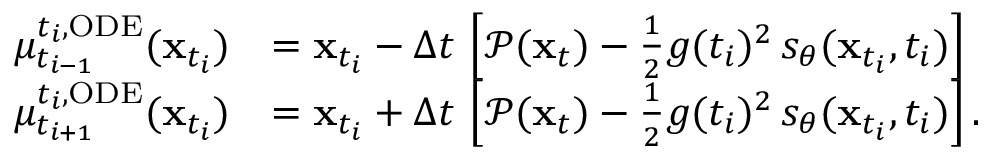
\begin{array} { r l } { \mu _ { t _ { i - 1 } } ^ { t _ { i } , \mathrm { O D E } } ( \mathbf { x } _ { t _ { i } } ) } & { = \mathbf { x } _ { t _ { i } } - \Delta t \, \left[ \mathcal { P } ( \mathbf { x } _ { t } ) - \frac { 1 } { 2 } g ( t _ { i } ) ^ { 2 } \, s _ { \theta } ( \mathbf { x } _ { t _ { i } } , t _ { i } ) \right] } \\ { \mu _ { t _ { i + 1 } } ^ { t _ { i } , \mathrm { O D E } } ( \mathbf { x } _ { t _ { i } } ) } & { = \mathbf { x } _ { t _ { i } } + \Delta t \, \left[ \mathcal { P } ( \mathbf { x } _ { t } ) - \frac { 1 } { 2 } g ( t _ { i } ) ^ { 2 } \, s _ { \theta } ( \mathbf { x } _ { t _ { i } } , t _ { i } ) \right] . } \end{array}